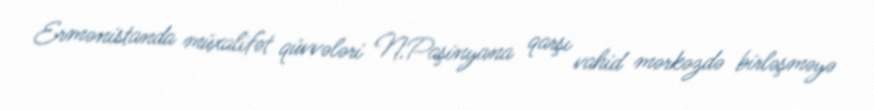
Ermənistanda müxalifət qüvvələri N.Paşinyana qarşı vahid mərkəzdə birləşməyə